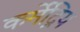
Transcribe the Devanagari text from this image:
कर्मेंद्रिय